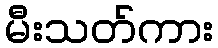
မီးသတ်ကား